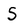
Character: S